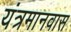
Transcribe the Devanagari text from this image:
यंत्रमानवास